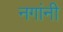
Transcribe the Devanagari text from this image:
नगांनी